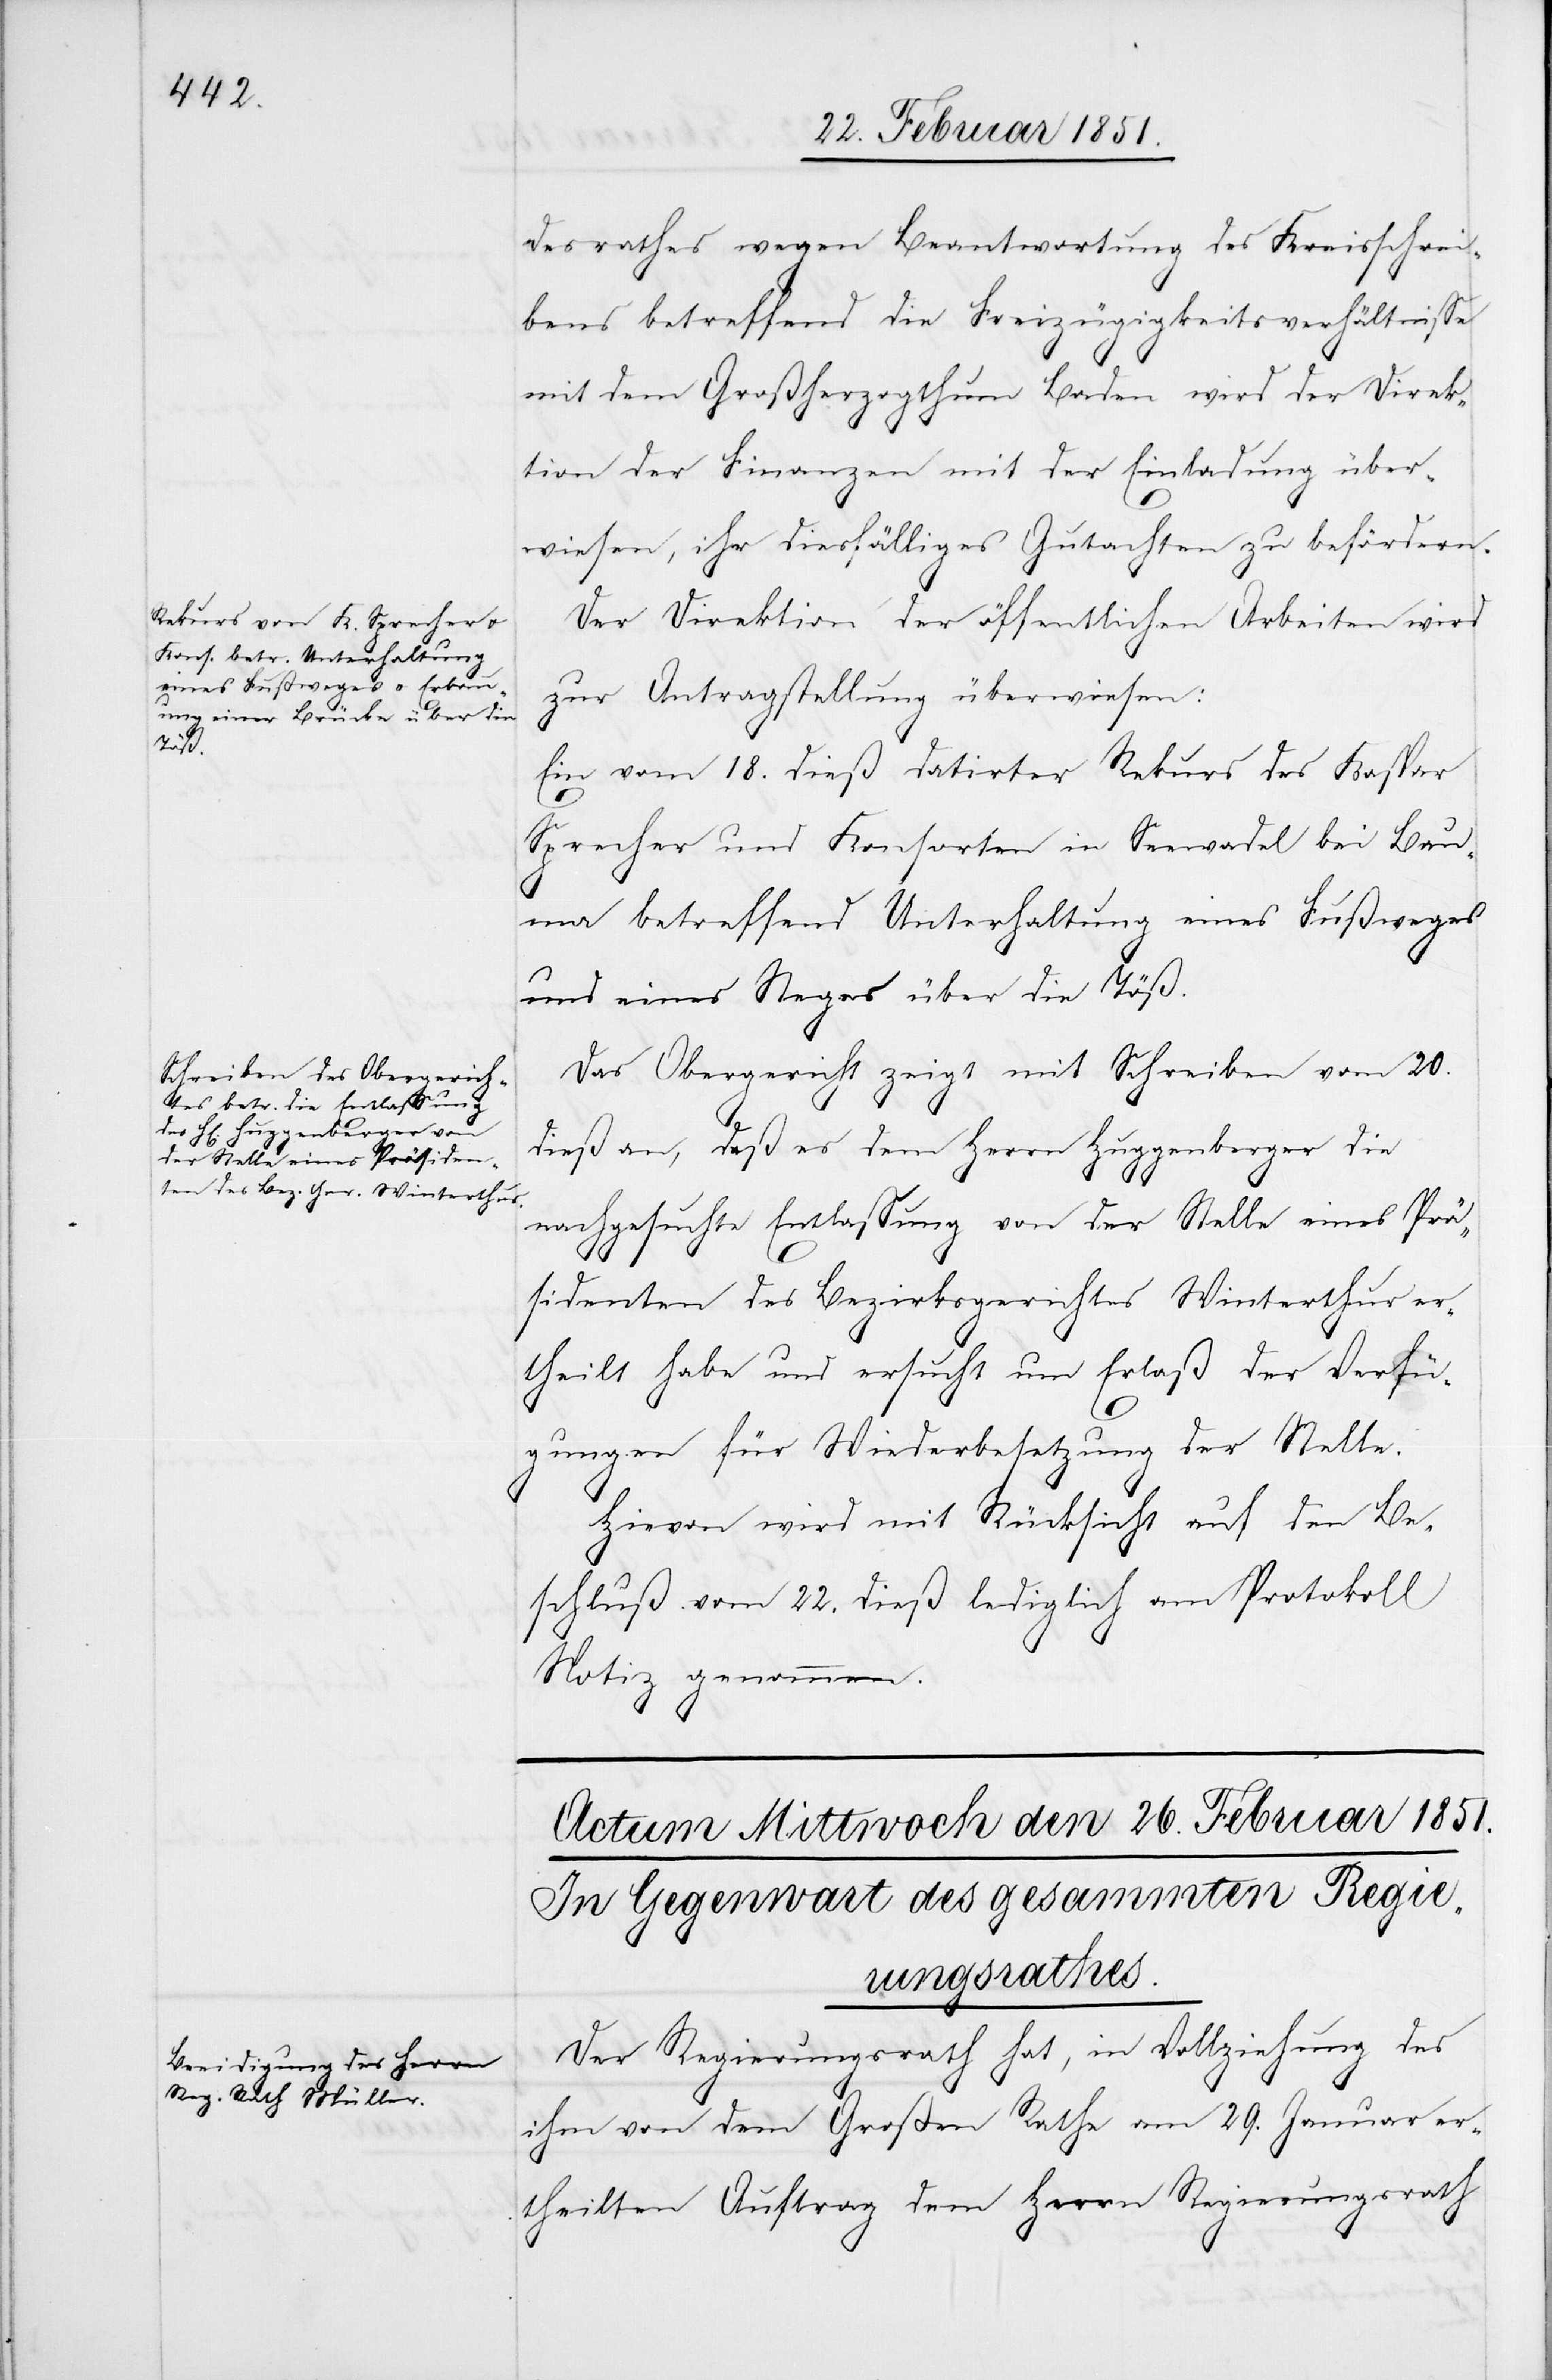
den 24.

desrathes wegen Beantwortung des Kreisschrei¬
bens betreffend die Freizügigkeitsverhältnisse
mit dem Großherzogthum Baden wird der Direk¬
tion der Finanzen mit der Einladung über¬
wiesen, ihr diesfälliges Gutachten zu befördern.
Der Direktion der öffentlichen Arbeiten wird
zur Antragstellung überwiesen:
Ein vom 18. dieß datirter Rekurs des Kaspar
Sprecher und Konsorten in Seewadel bei Bau¬
ma betreffend Unterhaltung eines Fußweges
und eines Steges über die Töß.
Das Obergericht zeigt mit Schreiben vom 20.
dieß an, daß es dem Herrn Huggenberger die
nachgesuchte Entlassung von der Stelle eines Prä¬
sidenten des Bezirksgerichtes Winterthur er¬
theilt habe und ersucht um Erlaß der Verfü¬
gungen für Wiederbesetzung der Stelle.
Hievon wird mit Rücksicht auf den Be¬
schluß vom 22. dieß lediglich am Protokoll
Notiz genommen.
Der Regierungsrath hat, in Vollziehung des
ihm von dem Großen Rathe am 29. Januar er¬
theilten Auftrag[s] dem Herrn Regierungsrath